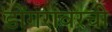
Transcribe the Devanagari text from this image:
डोंगरावरची